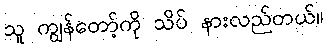
သူ ကျွန်တော့်ကို သိပ် နားလည်တယ်။